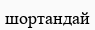
шортандай